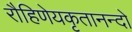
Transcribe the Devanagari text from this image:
रौहिणेयकृतानन्दो